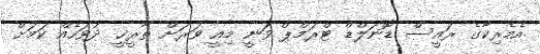
އެމެރިކާގެ ރައީސް ޑޮނަލްޑް ޓްރަމްޕް ވަނީ މިއީ ވަރަށް ތާރީޚީ ދުވަހެއް ކަމަށް